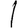
Digit: 1